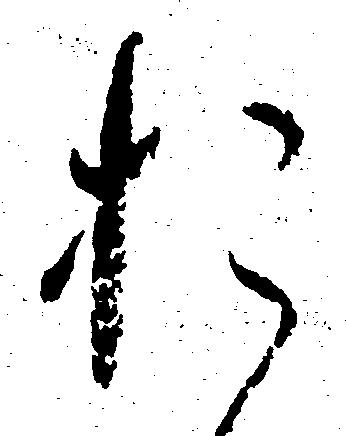
お